Reports on military cantonments and civil stations in the Presidency of Bombay inspected by the Sanitary Commissioner in the years 1875 and 1876
Year: 1875
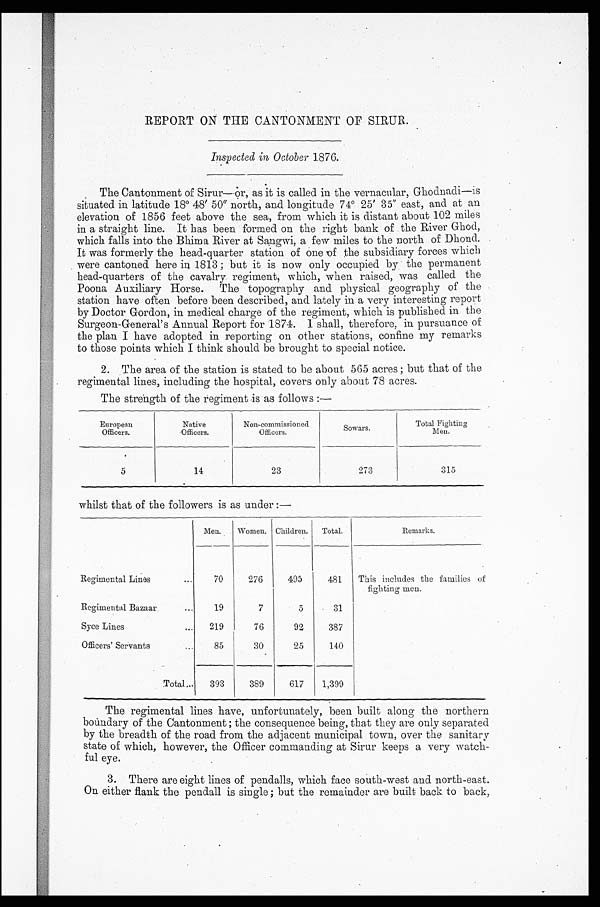
REPORT ON THE CANTONMENT OF SIRUR.
Inspected in October 1876.
The Cantonment of Sirur—or, as it is called in the vernacular, Ghodnadi—is
situated in latitude 18° 48' 50" north, and longitude 74° 25' 35" east, and at an
elevation of 1856 feet above the sea, from which it is distant about 102 miles
in a straight line. It has been formed on the right bank of the River Ghod,
which falls into the Bhima River at Sangwi, a few miles to the north of Dhond.
It was formerly the head-quarter station of one of the subsidiary forces which
were cantoned here in 1813 ; but it is now only occupied by the permanent
head-quarters of the cavalry regiment, which, when raised, was called the
Poona Auxiliary Horse. The topography and physical geography of the
station have often before been described, and lately in a very interesting report
by Doctor Gordon, in medical charge of the
regiment, which is published in the
Surgeon-General's Annual Report for 1874. l shall, therefore, in pursuance of
the plan I have adopted in reporting on other stations, confine my remarks
to those points which I think should be brought to special notice.
2. The area of the station is stated to be about 565 acres ; but that of the
regimental lines, including the hospital, covers only about 78 acres.
The strength of the regiment is as follows :—
European
Native
Non-commissioned
Total F i g h t i n g
Officers.
Officers.
Officers.
Sowars.
Men.
5
14
23
273
315
whilst that of the followers is as under :—
Men.
Women. Children.
Total.
Remarks.
Regimental Lines
...
70
276
495
481
This includes the families of
fighting men.
Regimental Bazaar
...
19
7
5
31
Syce Lines
...
219
76
92
387
Officers' Servants
...
85
30
25
140
Total....
393
389
617
1,399
The regimental lines have, unfortunately, been built along the northern
boundary of the Cantonment ; the consequence being, that they are only separated
by the breadth of the road from the adjacent municipal town, over the sanitary
state of which, however, the Officer commanding at Sirur keeps a very watch-
ful eye.
3. There are eight lines of pendalls, which face south-west and north-east.
On either flank the pendall is single ; but the remainder are built back to back,